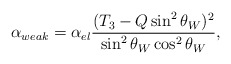
\begin{align*}\alpha_{weak} = \alpha_{el} \frac{(T_3-Q\sin^2 \theta_W)^2}{\sin^2 \theta_W\cos^2\theta_W},\end{align*}